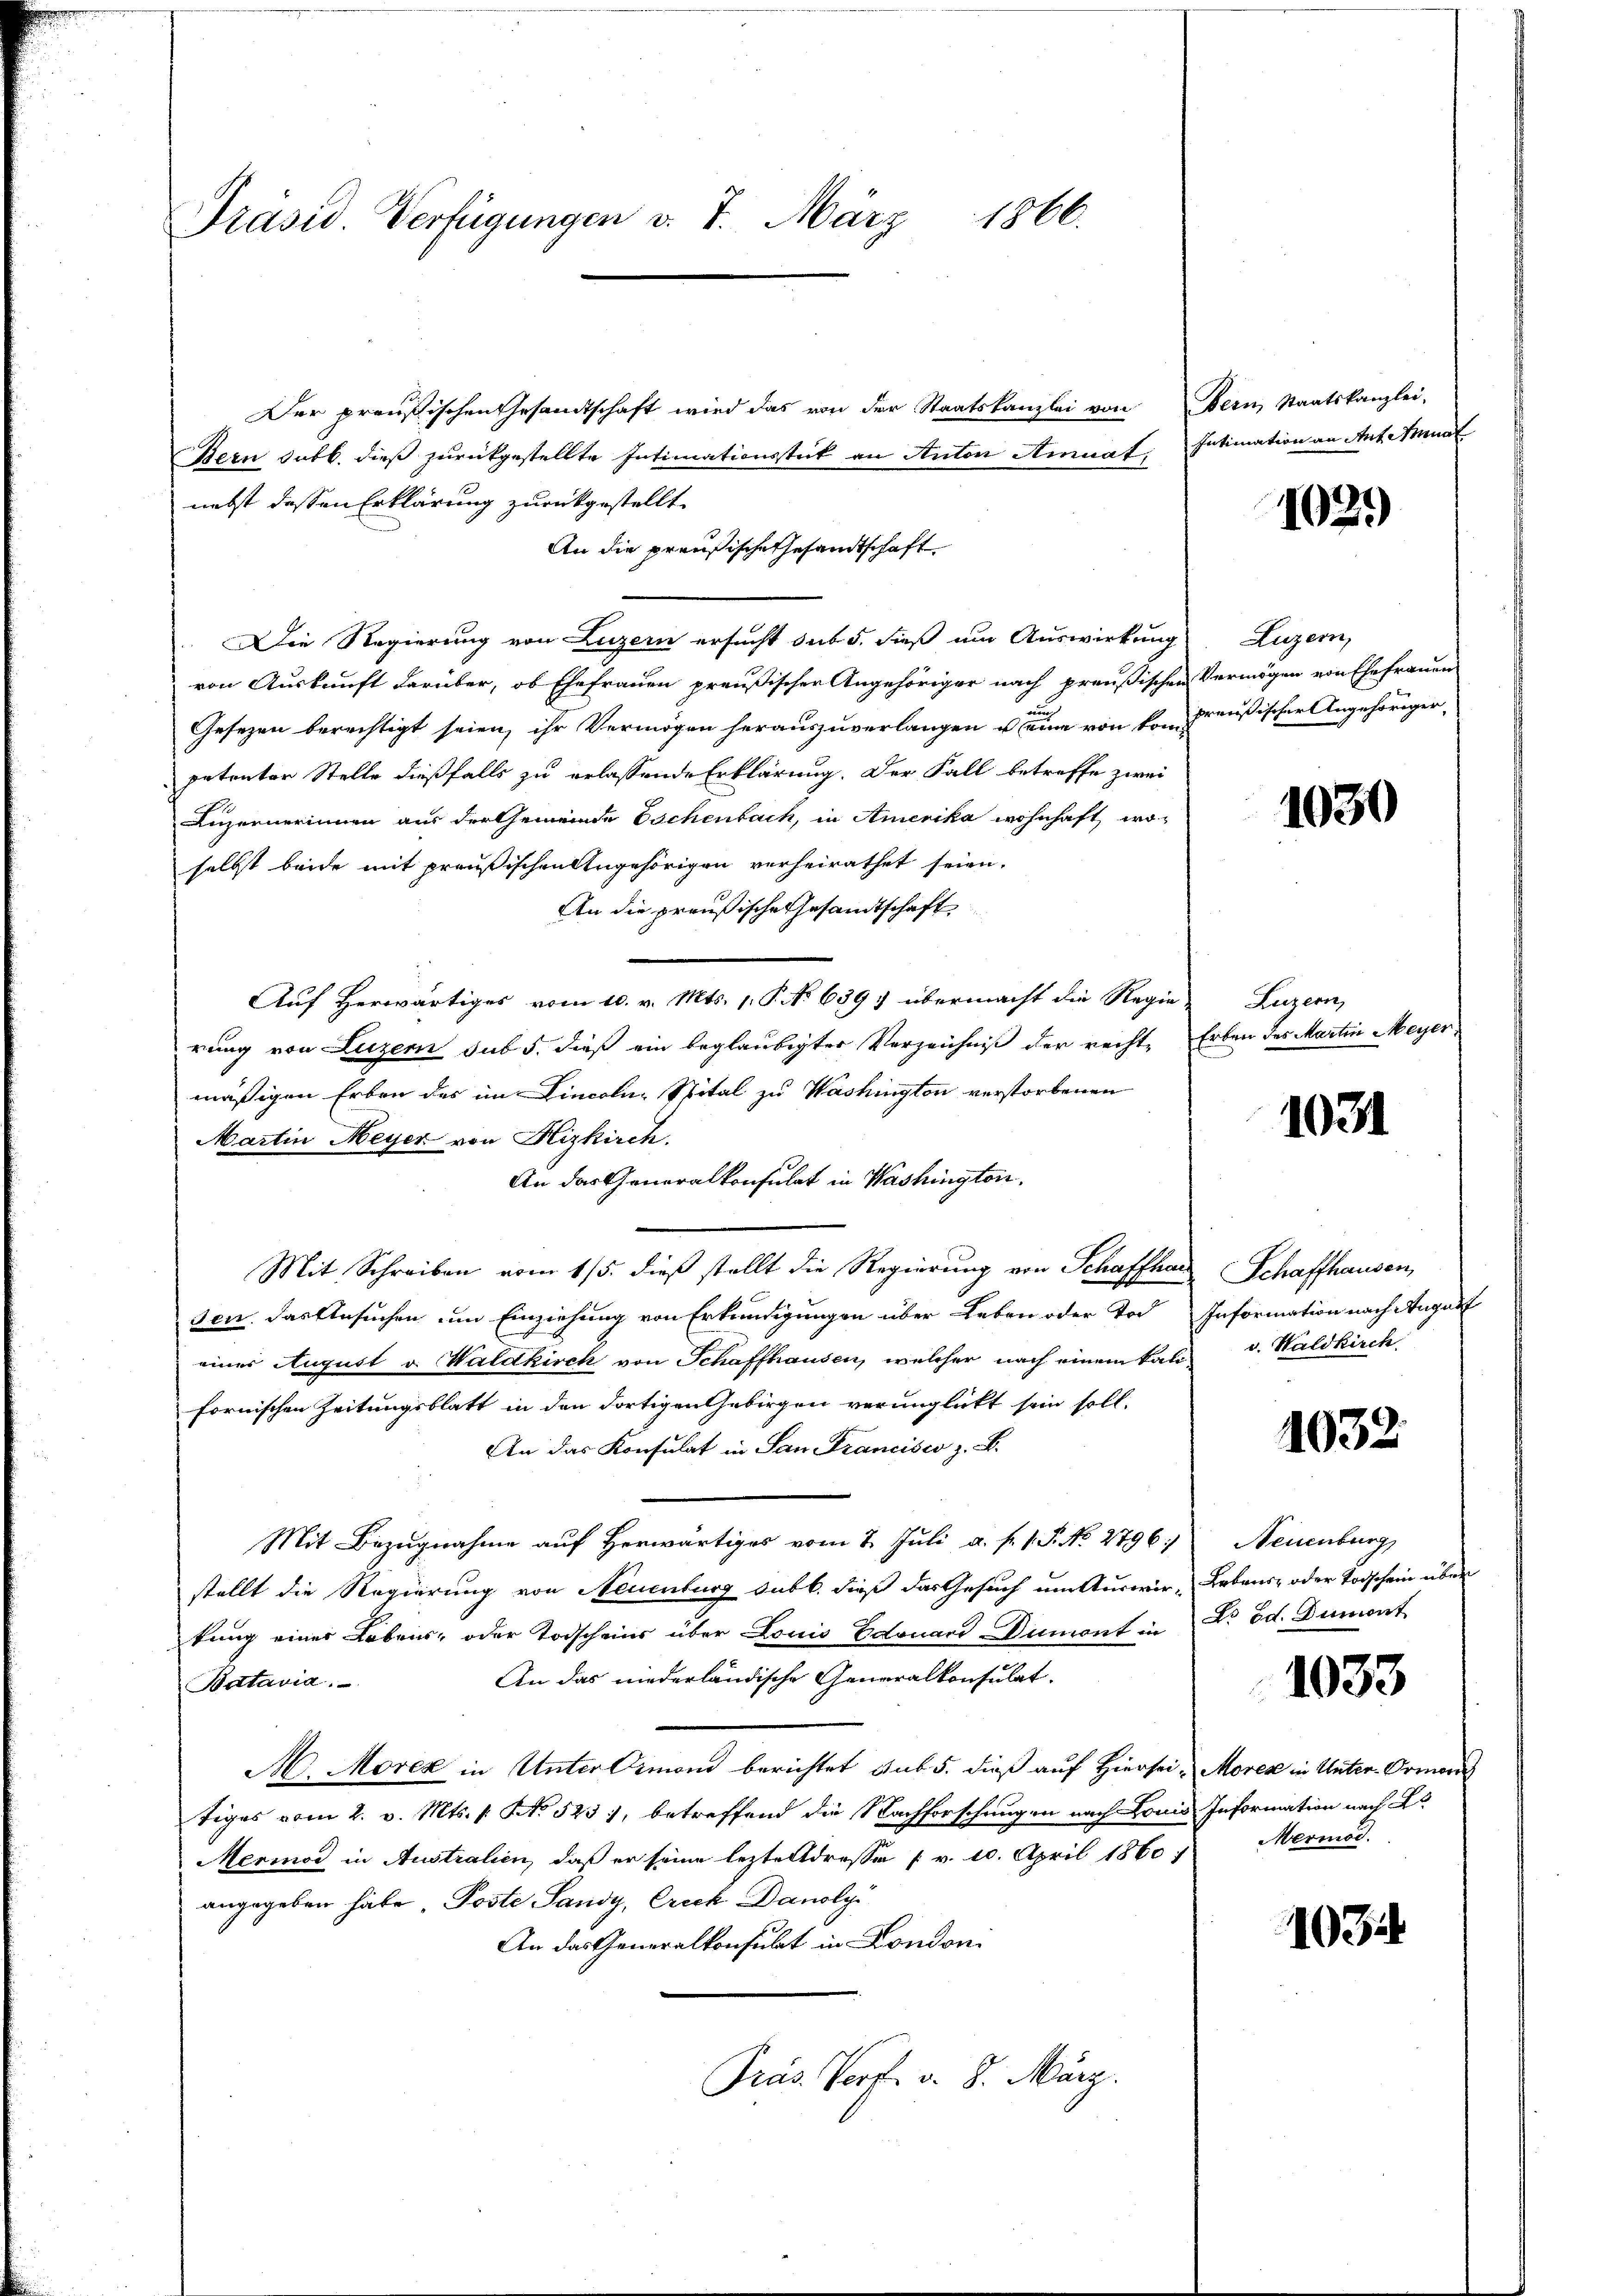
Präsid. Verfügungen v. 7. März 1866.

Der preußischen Gesamtschaft wird das von der Staatskanzlei von Bern, Staatskanzlei-
Bern Jobb. dieß zurückgestellte Intimationsstück an Anton Amnat; Intimation an Ant. Amnat
nebst dessen Erklärung zurückgestellt.
An die preußische Gesandtschaft
Die Regierung von Luzern ersucht sub 5. dieß um Auswirkung Luzern,
von Auskunft darüber, ob Ehefrauen preußischer Angehöriger nach preußischen Vermögen von Ehefrauen
Gesezen berechtigt seien, ihr Vermögen herauszuverlangen u eine von von Preußischer Angehöriger,
petenter Stelle dießfalls zu erlassende Erklärung. Der Fall betreffe zwei
Luzernerinnen aus der Gemeinde Eschenbach, in Amerika wohnhaft, woselbst beide mit preußischen Angehörigen verheirathet seien.
An die preußische Gesandtschaft
Auf Herwärtiges vom 10. v. Mts. 1. P. No 639. übermacht die Regie-
rung von Luzern sub 5. dieß ein beglaubigter Verzeichniß der rechte Erben der Martin Meyer
mäßigen Erben des im Lincolus Spital zu Washington verstorbenen
Martin Meyer von Hizkirch.
An das Generalkonsulat in Washington.
Mit Schreiben vom 15. dieß stellt die Regierung von Schaffhau
sen. Das Ansuchen um Einziehung von Erkundigungen über Leben oder Tod Information nach August
eines August v. Waldkirch von Schaffhausen, welcher nach einem kal
fornischen Zeitungsblatt in den dortigen Gebirgen verunglickt sein soll.
An das Konsulat in San Francisco z. B.
Mit Bezugnahme auf Herwärtiges vom 2. Juli a. f. 1. P. No. 2796:
stellt die Regierung von Neuenburg subt. dieß das Gesuch um Auswir- Lebens- oder Todschein über
kung einer Lebens- oder Todscheins über Louis Edouard Dumont in Dr Ed. Dumont
An das niederländische Generalkonsulat.
Batavia.
M. Morez in Unter Simoni berichtet auf 5. dieß auf Hiersei- Moren in Unter-Ormonis
tiges vom 2. v. Mts. 1. No 523, betreffend die Nachforschungen nach Louis Information nach E
Meriod in Australien, daß er seine lezte Adresse 7 v. 10. April 1860
angegeben habe, Poste Sandy, Cruch Danoly
An das Generalkonsulat in Londoni
Präs. Verf. v. 8. März.

1029

1030

Luzern,

1031

Schaffhausen,
v. Waldkirch

1032

Neuenburg

1033

Mermod.

103.